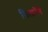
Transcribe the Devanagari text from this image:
खिलायेंगें